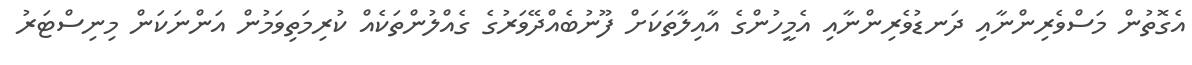
އެގޮތުން މަސްވެރިންނާއި ދަނޑުވެރިންނާއި އެމީހުންގެ އާއިލާތަކަށް ފޫނުބެއްދޭވަރުގެ ގެއްލުންތަކެއް ކުރިމަތިވަމުން އަންނަކަން މިނިސްޓަރު